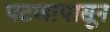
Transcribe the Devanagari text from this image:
पटणापासून